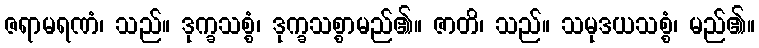
ဇရာမရဏံ၊ သည်။ ဒုက္ခသစ္စံ၊ ဒုက္ခသစ္စာမည်၏။ ဇာတိ၊ သည်။ သမုဒယသစ္စံ၊ မည်၏။